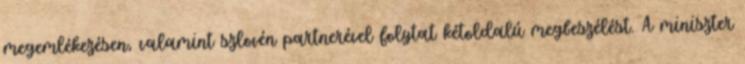
megemlékezésen, valamint szlovén partnerével folytat kétoldalú megbeszélést. A miniszter